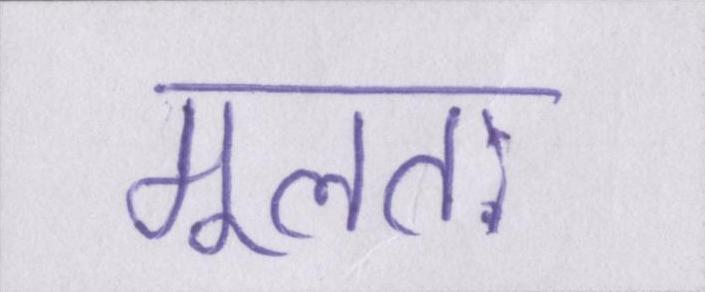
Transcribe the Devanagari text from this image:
मूलतः